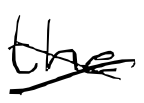
Text: the
Cross-out: mix
Writing tool: digital_black